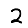
Digit: 2